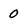
Character: 0